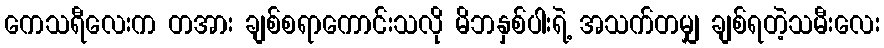
ကေသရီလေးက တအား ချစ်စရာကောင်းသလို မိဘနှစ်ပါးရဲ့ အသက်တမျှ ချစ်ရတဲ့သမီးလေး